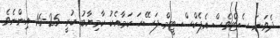
ދެވަނަ ސެޓްވެސް އެޕެކްސް ޓީމް ފަސޭހަ ކަމާއެކު ކާމިޔާބު ކުރީ 25-16 އިންނެވެ.